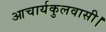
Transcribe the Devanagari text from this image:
आचार्यकुलवासी।